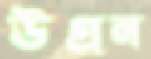
উগ্‌রন